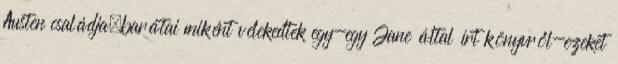
Austen családja,barátai miként vélekedtek egy-egy Jane által írt könyvről-ezeket